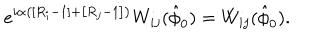
LaTeX: e ^ { i \alpha \left( \left[ R _ { i } - 1 \right] + \left[ R _ { j } - 1 \right] \right) } W _ { i j } ( \hat { \phi } _ { 0 } ) = W _ { i j } ( \hat { \phi } _ { 0 } ) .